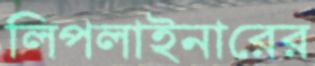
লিপলাইনারের